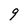
Character: 9